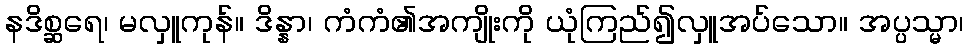
နဒိစ္ဆရေ၊ မလှူကုန်။ ဒိန္နာ၊ ကံကံ၏အကျိုးကို ယုံကြည်၍လှူအပ်သော။ အပ္ပသ္မာ၊